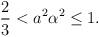
LaTeX: \begin{align*}\frac23<a^2\alpha^2\leq1. \end{align*}